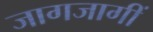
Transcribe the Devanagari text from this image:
जागजागीं